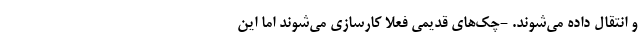
و انتقال داده می‌شوند. -چک‌های قدیمی فعلا کارسازی می‌شوند اما این